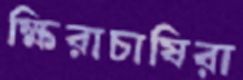
ক্ষিরাচাষিরা